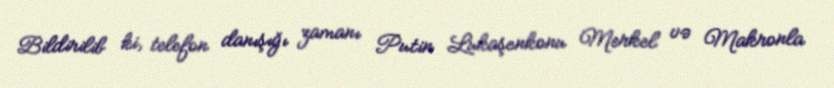
Bildirilib ki, telefon danışığı zamanı Putin Lukaşenkonu Merkel və Makronla